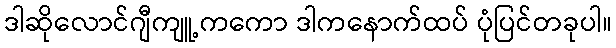
ဒါဆိုလောင်ဂျီကျူ့ကကော ဒါကနောက်ထပ် ပုံပြင်တခုပါ။